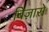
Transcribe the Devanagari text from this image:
बिज़ारो